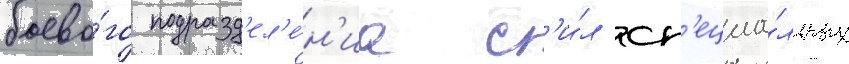
боево́го подразд'ел'е́н'иа с'и́л сп'ециа́льных